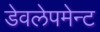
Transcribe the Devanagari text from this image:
डेवलेपमेन्ट